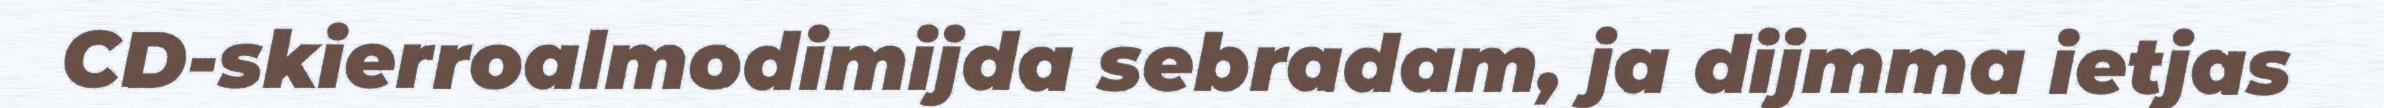
CD-skierroalmodimijda sebradam, ja dijmma ietjas